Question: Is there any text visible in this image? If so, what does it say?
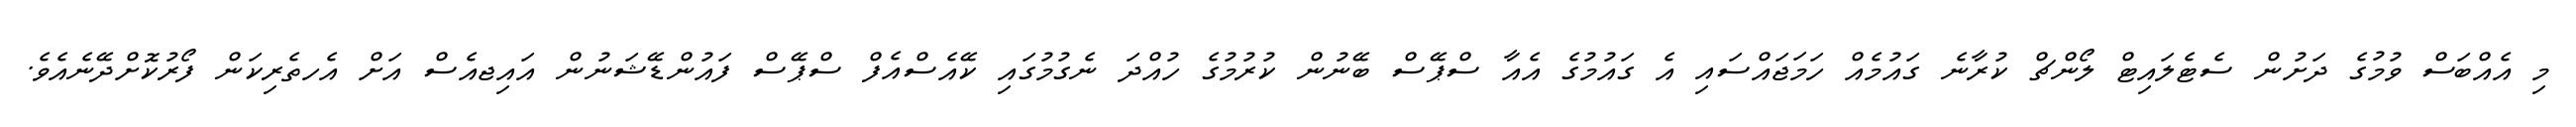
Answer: މި އެއްބަސް ވުމުގެ ދަށުން ސެޓެލައިޓް ލޯންޗް ކުރާނެ ގައުމެއް ހަމަޖައްސައި އެ ގައުމުގެ އެއާ ސްޕޭސް ބޭނުން ކުރުމުގެ ހުއްދަ ނެގުމުގައި ކޭއެސްއެފް ސްޕޭސް ފައުންޑޭޝަނުން އައިޖއެސް އަށް އެހތެރިކަން ފޯރުކޮށްދޭނެއެވެ.